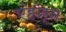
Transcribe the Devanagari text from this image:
एंहोर्न